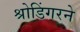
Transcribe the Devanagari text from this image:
श्रोडिंगरने